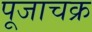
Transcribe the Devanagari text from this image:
पूजाचक्र